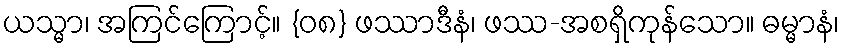
ယသ္မာ၊ အကြင်ကြောင့်။ {၀၈} ဖဿာဒီနံ၊ ဖဿ-အစရှိကုန်သော။ ဓမ္မာနံ၊